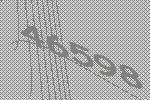
46598